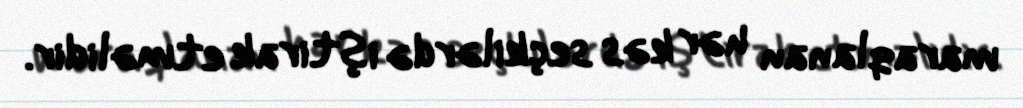
maraqlanan hər kəs seçkilərdə iştirak etməlidir.